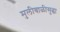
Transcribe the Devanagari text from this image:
मुलीबाळीसुद्धा